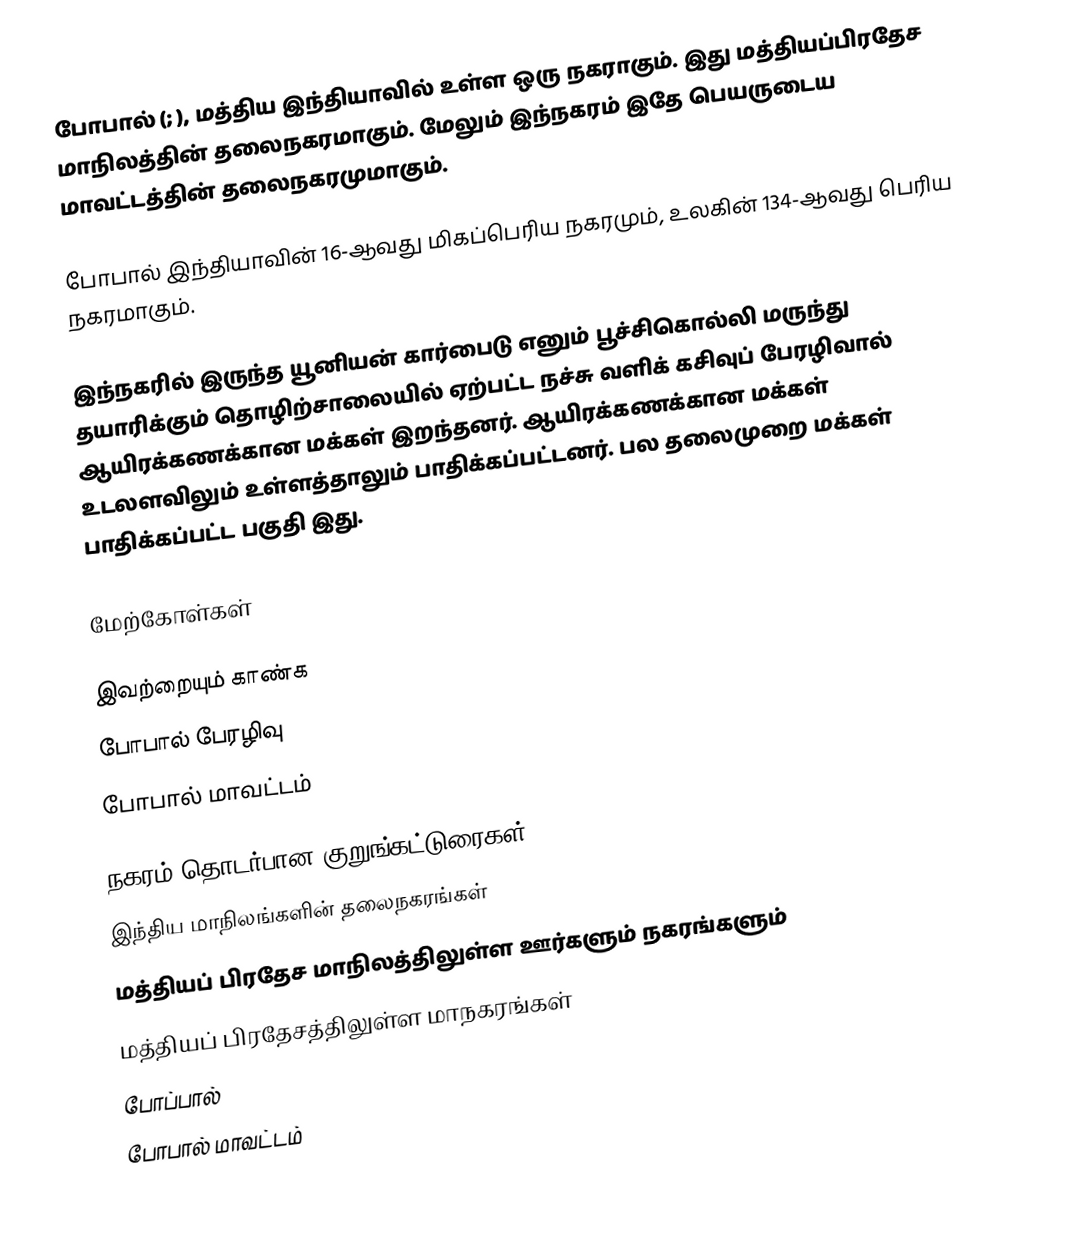
போபால் (; ), மத்திய இந்தியாவில் உள்ள ஒரு நகராகும். இது மத்தியப்பிரதேச மாநிலத்தின் தலைநகரமாகும். மேலும் இந்நகரம் இதே பெயருடைய மாவட்டத்தின் தலைநகரமுமாகும்.

போபால் இந்தியாவின் 16-ஆவது மிகப்பெரிய நகரமும், உலகின் 134-ஆவது பெரிய நகரமாகும்.

இந்நகரில் இருந்த யூனியன் கார்பைடு எனும் பூச்சிகொல்லி மருந்து தயாரிக்கும் தொழிற்சாலையில் ஏற்பட்ட நச்சு வளிக் கசிவுப் பேரழிவால் ஆயிரக்கணக்கான மக்கள் இறந்தனர். ஆயிரக்கணக்கான மக்கள் உடலளவிலும் உள்ளத்தாலும் பாதிக்கப்பட்டனர். பல தலைமுறை மக்கள் பாதிக்கப்பட்ட பகுதி இது.

மேற்கோள்கள்

இவற்றையும் காண்க
 போபால் பேரழிவு
 போபால் மாவட்டம்

நகரம் தொடர்பான குறுங்கட்டுரைகள்
இந்திய மாநிலங்களின் தலைநகரங்கள்
மத்தியப் பிரதேச மாநிலத்திலுள்ள ஊர்களும் நகரங்களும்
மத்தியப் பிரதேசத்திலுள்ள மாநகரங்கள்
போப்பால்
போபால் மாவட்டம்